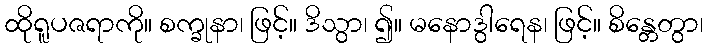
ထိုရူပဇရာကို။ စက္ခုနာ၊ ဖြင့်။ ဒိသွာ၊ ၍။ မနောဒွါရေန၊ ဖြင့်။ စိန္တေတွာ၊